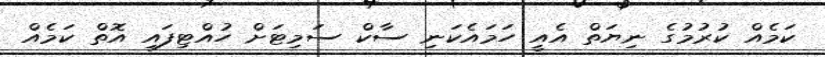
ކަމެއް ކުރުމުގެ ނިޔަތް އެއީ ހަމައެކަނި ސާކް ސަމިޓަށް ހުއްޓިފައި އޮތް ކަމެއް